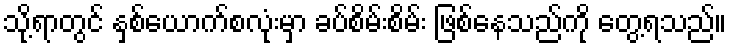
သို့ရာတွင် နှစ်ယောက်စလုံးမှာ ခပ်စိမ်းစိမ်း ဖြစ်နေသည်ကို တွေ့ရသည်။